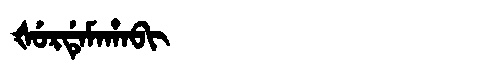
Manchu: ᡧᡠᡵᡩᡝᠮᠠᡥᠠᠪᡳ
Romanization: ŠURDEMAHABI